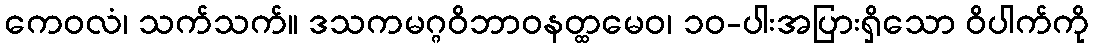
ကေဝလံ၊ သက်သက်။ ဒသကမဂ္ဂဝိဘာဝနတ္ထမေဝ၊ ၁၀-ပါးအပြားရှိသော ဝိပါက်ကို